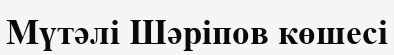
Мүтәлі Шәріпов көшесі